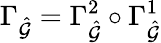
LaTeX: \Gamma_{\hat{\mathcal{G}}}=\Gamma_{\hat{\mathcal{G}}}^{2}\circ\Gamma_{\hat{\mathcal{G}}}^{1}